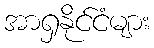
အာရှနိုင်ငံများ